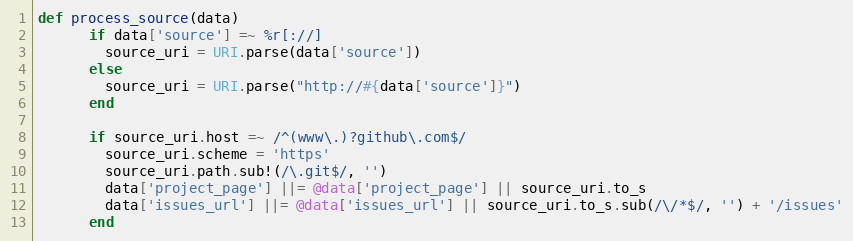
Language: Ruby
def process_source(data)
      if data['source'] =~ %r[://]
        source_uri = URI.parse(data['source'])
      else
        source_uri = URI.parse("http://#{data['source']}")
      end

      if source_uri.host =~ /^(www\.)?github\.com$/
        source_uri.scheme = 'https'
        source_uri.path.sub!(/\.git$/, '')
        data['project_page'] ||= @data['project_page'] || source_uri.to_s
        data['issues_url'] ||= @data['issues_url'] || source_uri.to_s.sub(/\/*$/, '') + '/issues'
      end